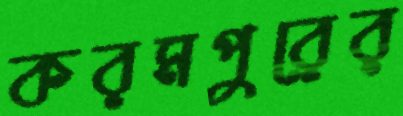
করমপুরের